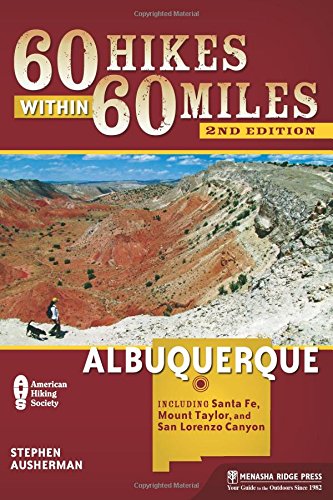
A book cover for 60 Hikes Within 60 Miles: Albuquerque: Including Santa Fe, Mount Taylor, and San Lorenzo Canyon; Stephen Ausherman; Health, Fitness & Dieting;